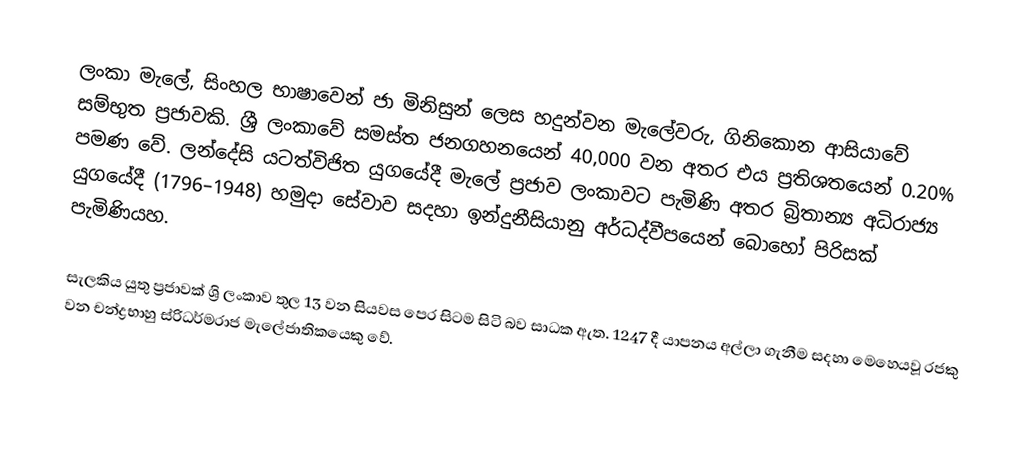
ලංකා මැලේ, සිංහල භාෂාවෙන් ජා මිනිසුන් ලෙස හදුන්වන මැලේවරු, ගිනිකොන ආසියාවේ සම්භුත ප්‍රජාවකි. ශ්‍රී ලංකාවේ සමස්ත ජනගහනයෙන් 40,000 වන අතර එය ප්‍රතිශතයෙන් 0.20% පමණ වේ. ලන්දේසි යටත්විජිත යුගයේදී මැලේ ප්‍රජාව ලංකාවට පැමිණි අතර බ්‍රිතාන්‍ය අධිරාජ්‍ය යුගයේදී  (1796–1948) හමුදා සේවාව සදහා ඉන්දුනීසියානු අර්ධද්වීපයෙන් බොහෝ පිරිසක් පැමිණියහ.

සැලකිය යුතු ප්‍රජාවක් ශ්‍රි ලංකාව තුල 13 වන සියවස පෙර සිටම සිටි බව සාධක ඇත. 1247 දී යාපනය අල්ලා ගැනීම සදහා මෙහෙයවූ රජකු වන චන්ද්‍රභාහු ස්රිධර්මරාජ මැලේජාතිකයෙකු වේ.